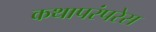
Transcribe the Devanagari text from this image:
कथापरंपरेस